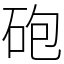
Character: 砲